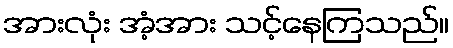
အားလုံး အံ့အား သင့်နေကြသည်။